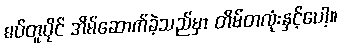
စပ်တူပိုင် အိမ်ဆောက်ခဲ့သည်မှာ တိမ်တလုံးနှင့်ပေါ့။